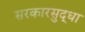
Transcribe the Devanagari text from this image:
सरकारसुद्धा